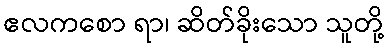
ဧလကစော ရာ၊ ဆိတ်ခိုးသော သူတို့